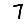
Digit: 7